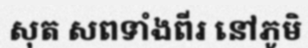
សុត សពទាំងពីរ នៅភូមិ